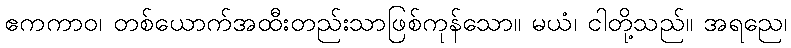
ဧကကာဝ၊ တစ်ယောက်အထီးတည်းသာဖြစ်ကုန်သော။ မယံ၊ ငါတို့သည်။ အရညေ၊